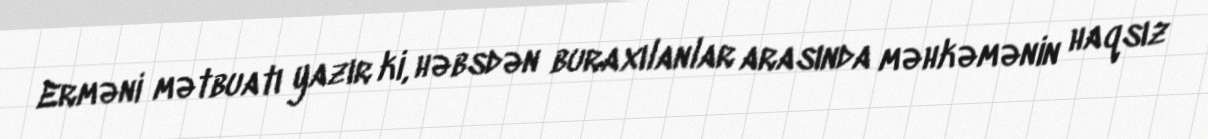
Erməni mətbuatı yazır ki, həbsdən buraxılanlar arasında məhkəmənin haqsız